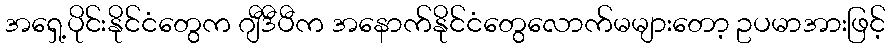
အရှေ့ပိုင်းနိုင်ငံတွေက ဂျီဒီပီက အနောက်နိုင်ငံတွေလောက်မများတော့ ဥပမာအားဖြင့်